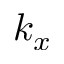
k _ { x }